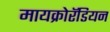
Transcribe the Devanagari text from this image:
मायक्रोरॅडियन